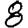
Digit: 8